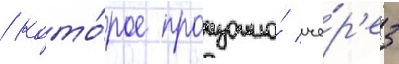
/ кото́рое произошло́ че́р'ез